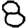
Digit: 8